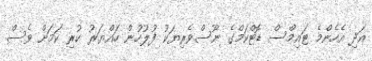
އަދި އެހެންމެ ޓައިމްސް ޑޮޓްކަމްގެ ނޫސްވެރިޔަކު ފުލުހުން ހައްޔަރު ކުރި ކަމަށް ވެސް